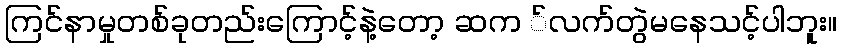
ကြင်နာမှုတစ်ခုတည်းကြောင့်နဲ့တော့ ဆက ်လက်တွဲမနေသင့်ပါဘူး။